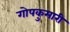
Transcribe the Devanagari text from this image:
गोपकुमारी